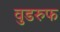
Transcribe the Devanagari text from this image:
वुडरुफ